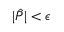
| \hat { P } | < \epsilon